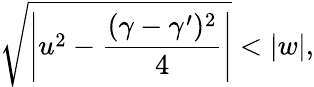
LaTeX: \sqrt{\left|u^{2}-\frac{(\gamma-\gamma^{\prime})^{2}}{4}\right|}<\vert w\vert,